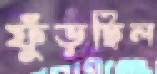
ফুঁড়ছিল